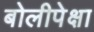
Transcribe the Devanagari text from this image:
बोलीपेक्षा